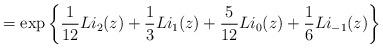
LaTeX: \begin{align*} = \exp\left\{ \frac{1}{12}Li_2(z) + \frac{1}{3}Li_1(z) + \frac{5}{12}Li_0(z) + \frac{1}{6}Li_{-1}(z) \right\}\end{align*}